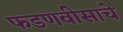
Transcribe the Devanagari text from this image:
फडणवीसाचे